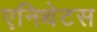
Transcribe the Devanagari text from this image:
एनिथेटस